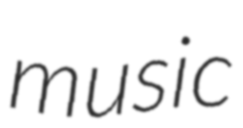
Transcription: music